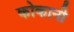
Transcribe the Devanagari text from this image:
कोकानी